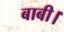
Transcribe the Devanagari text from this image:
बाबी।